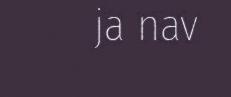
ja nav